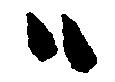
ハ